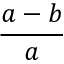
{ \frac { a - b } { a } } \,